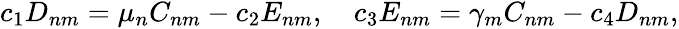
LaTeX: \begin{array}{r}{c_{1}D_{nm}=\mu_{n}C_{nm}-c_{2}E_{nm},\quad c_{3}E_{nm}=\gamma_{m}C_{nm}-c_{4}D_{nm},}\end{array}